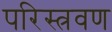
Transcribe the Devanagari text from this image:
परिस्त्रवण